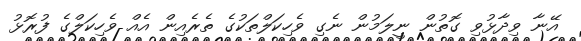
އޭނާ ވިދާޅުވި ގޮތުން ނީލަމުން ނެގި ވެހިކަލްތަކުގެ ތެރެއިން އެއް ވެހިކަލްގެ ފުރޮޅު